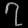
Digit: ၇